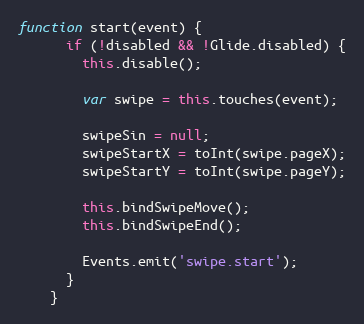
Language: JavaScript
function start(event) {
      if (!disabled && !Glide.disabled) {
        this.disable();

        var swipe = this.touches(event);

        swipeSin = null;
        swipeStartX = toInt(swipe.pageX);
        swipeStartY = toInt(swipe.pageY);

        this.bindSwipeMove();
        this.bindSwipeEnd();

        Events.emit('swipe.start');
      }
    }